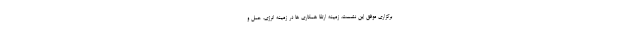
برگزاری موفق این نشست، زمینه ارتقا همکاری ها در زمینه انرژی، حمل و